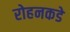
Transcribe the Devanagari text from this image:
रोहनकडे